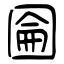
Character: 圇